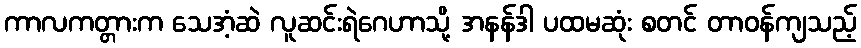
ကာလကတ္တားက သေအံ့ဆဲ လူဆင်းရဲဂေဟာသို့ အနန်ဒါ ပထမဆုံး စတင် တာဝန်ကျသည့်